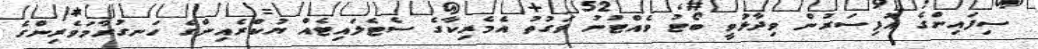
ސިފައިންގެ އޮފިސަރުން ވިދާޅުވީ ބޯޓު ވެއްޓުނު ވަގުތު އެމެރިކާގެ ސެޓެލައިޓެއް ޔުކްރެއިންގެ ހަނގުރާމަވެރިންގެ